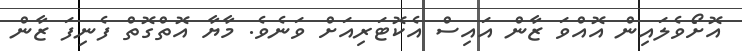
އޮށޯވެލައިން އޮއްވަ ޒާން އައިސް އެކޮޓަރިއަށް ވަނެވެ. މާޔާ އޮތްގޮތް ފެނިފަ ޒާން